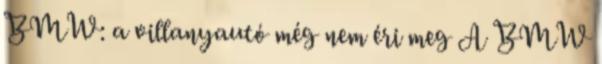
BMW: a villanyautó még nem éri meg A BMW